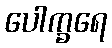
ပေါက္ခရေ